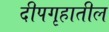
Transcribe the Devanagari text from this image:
दीपगृहातील